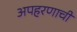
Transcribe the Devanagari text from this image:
अपहरणाची